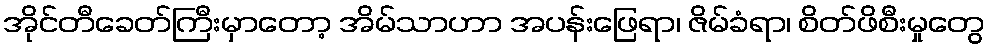
အိုင်တီခေတ်ကြီးမှာတော့ အိမ်သာဟာ အပန်းဖြေရာ၊ ဇိမ်ခံရာ၊ စိတ်ဖိစီးမှုတွေ